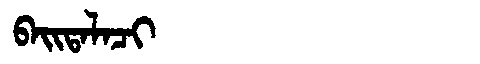
Manchu: ᠪᠠᡳᡨᠠᠯᠠᠴᡳ
Romanization: BAITALACI